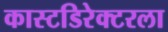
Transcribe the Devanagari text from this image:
कास्टडिरेक्टरला